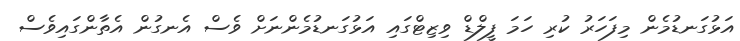
އަޅުގަނޑުމެން މިފަހަރު ކުރި ހަމަ ފީލްޑް ވިޒިޓްގައި އަޅުގަނޑުމެންނަށް ވެސް އެނގުން އެތާންގައިވެސް